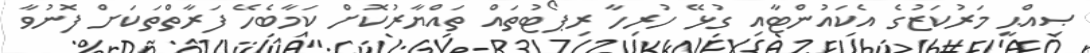
ޞިއްޙީ މަރުކަޒުގެ އެކައުންޓާއި ގުޅޭ ހުރިހާ ރިޕޯޓުތައް ތައްޔާރުކޮށް ކަމާބެހޭ ފަރާތްތަކަށް ފޮނުވާ